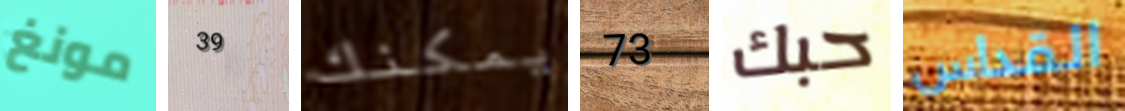
مونغ 39 يمكنك 73 حبك القداس